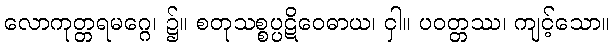
လောကုတ္တရမဂ္ဂေ၊ ၌။ စတုသစ္စပ္ပဋိဝေဓာယ၊ ငှါ။ ပဝတ္တဿ၊ ကျင့်သော။